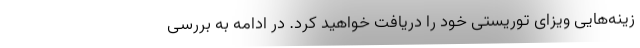
زینه‌هایی ویزای توریستی خود را دریافت خواهید کرد. در ادامه به بررسی